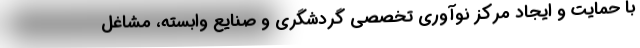
با حمایت و ایجاد مرکز نوآوری تخصصی گردشگری و صنایع وابسته، مشاغل